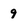
Character: 9